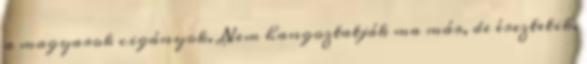
a magyarok cigányok. Nem hangoztatják ma már, de éreztetik.